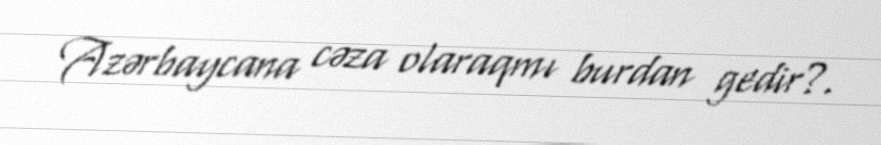
Azərbaycana cəza olaraqmı burdan gedir?.